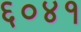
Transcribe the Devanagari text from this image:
६०४१